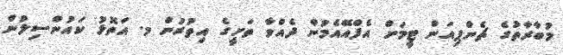
މުބާރާތުގެ ޗެންޕިއަން ޓީމަށް އެފްއޭއެމުން ދެއްވާ ތަށީގެ އިތުރުން މ. އަތޮޅު ކައުންސިލުން